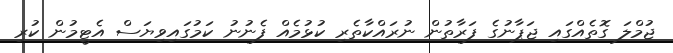
ޖުމްލަ ގޮތެއްގައި ޖަޕާނުގެ ފަރާތުން ނުރައްކާތެރި ކުޅުމެއް ފެނުނު ކަމުގައިވިޔަސް އެޓީމުން ކުރި